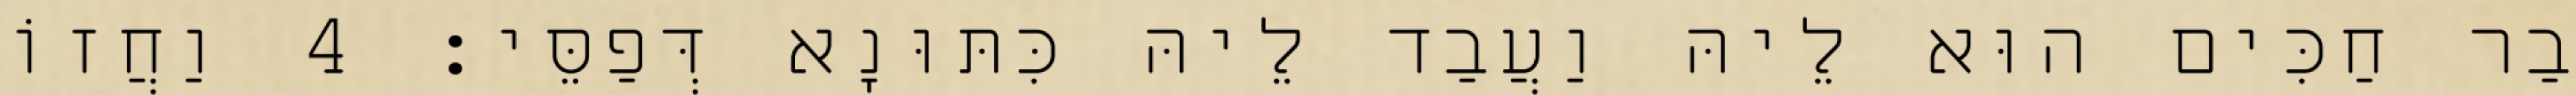
בַר חַכִּים הוּא לֵיהּ וַעֲבַד לֵיהּ כִּתּוּנָא דְּפַסֵּי׃ 4 וַחֲזוֹ